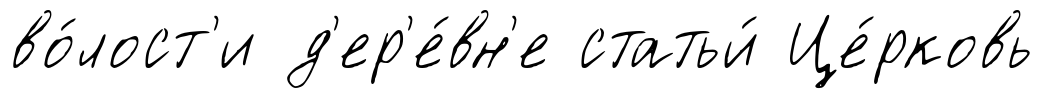
во́лост'и д'ер'е́вн'е статьи́ Це́рковь